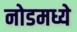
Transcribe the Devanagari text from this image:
नोडमध्ये